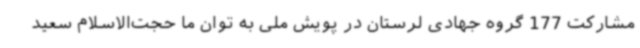
مشارکت 177 گروه جهادی لرستان در پویش ملی به توان ما حجت‌الاسلام سعید